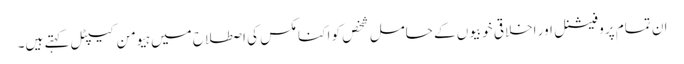
ان تمام پروفیشنل اور اخلاقی خوبیوں کے حامل شخص کو اکنامکس کی اصطلاح میں ہیومن کیپٹل کہتے ہیں۔